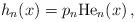
LaTeX: \begin{align*}h_n(x)=p_n \mathrm{He}_n(x)\,,\end{align*}